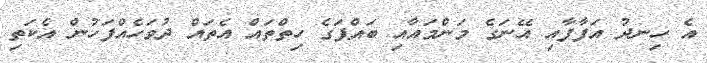
އެ ހިނދު އަފާފާއި އޭނަގެ މަންމައާއި ބައްޕަގެ ހިތްތައް އެތައް ދުވަހެއްފަހުން އެކަތި